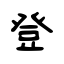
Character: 登